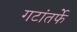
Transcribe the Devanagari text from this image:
गटांतर्फे